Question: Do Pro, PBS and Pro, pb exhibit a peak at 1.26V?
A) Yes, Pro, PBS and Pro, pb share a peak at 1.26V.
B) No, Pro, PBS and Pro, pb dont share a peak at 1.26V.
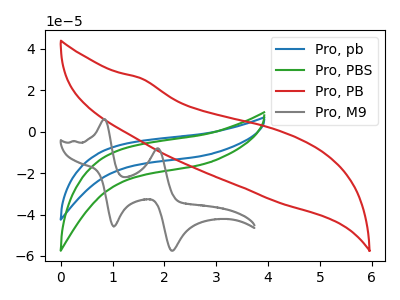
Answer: <think>The blue curve "Pro, pb" has no peaks. The green curve "Pro, PBS" has no peaks. The red curve "Pro, PB" has no peaks. The gray curve "Pro, M9" has anodic peaks at (0.85V, 6.00uA) (1.85V, -8.05uA) and cathodic peaks at (1.05V, -45.75uA) (2.15V, -57.50uA).</think>
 <answer>B) No, "Pro, PBS" and "Pro, pb" dont share a peak at 1.26V.</answer>
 <eval>B</eval>